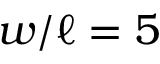
w / \ell = 5